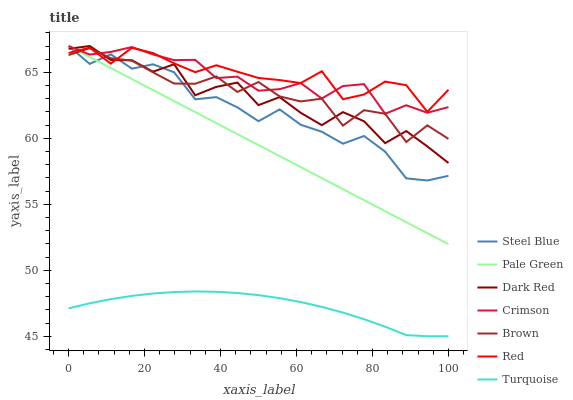
| xaxis_label | Steel Blue | Pale Green | Dark Red | Crimson | Brown | Red | Turquoise |
 | --- | --- | --- | --- | --- | --- | --- | --- |
 | 0 | 67 | 67 | 66.8 | 67 | 66.3 | 66.5 | 47.1 |
 | 5.56 | 65.6 | 66.2 | 67 | 66.3 | 66.8 | 66.9 | 47.5 |
 | 11.1 | 66.4 | 65.3 | 65.9 | 66.6 | 66.1 | 65.7 | 47.8 |
 | 16.7 | 65.3 | 64.5 | 65.9 | 66.9 | 65.9 | 66.9 | 48.1 |
 | 22.2 | 65.6 | 63.7 | 65.1 | 66.4 | 65 | 66.5 | 48.2 |
 | 27.8 | 65 | 62.8 | 65.6 | 65.9 | 64.2 | 65.7 | 48.4 |
 | 33.3 | 63 | 62 | 63.3 | 66 | 64.1 | 65 | 48.4 |
 | 38.9 | 63.1 | 61.2 | 63.9 | 64.6 | 64.7 | 65.5 | 48.4 |
 | 44.4 | 62.3 | 60.3 | 64.2 | 64.7 | 63.5 | 65.1 | 48.3 |
 | 50 | 61.3 | 59.5 | 62.5 | 63.6 | 64.3 | 64.6 | 48.1 |
 | 55.6 | 62.2 | 58.7 | 63.1 | 63.7 | 63.2 | 64.4 | 47.9 |
 | 61.1 | 61 | 57.8 | 61.9 | 64.2 | 62.8 | 64.2 | 47.6 |
 | 66.7 | 60.5 | 57 | 61 | 63 | 63 | 65.1 | 47.2 |
 | 72.2 | 59.6 | 56.2 | 62 | 64 | 61 | 63 | 46.8 |
 | 77.8 | 60.2 | 55.3 | 61.3 | 64.1 | 62.1 | 63.3 | 46.3 |
 | 83.3 | 59 | 54.5 | 59.6 | 61.9 | 61.9 | 64.3 | 45.7 |
 | 88.9 | 57 | 53.6 | 60.6 | 62.5 | 59.7 | 64 | 45.1 |
 | 94.4 | 56.8 | 52.8 | 59.4 | 61.9 | 61 | 62 | 45 |
 | 100 | 57.2 | 52 | 58.1 | 62.4 | 60 | 63.7 | 45 |